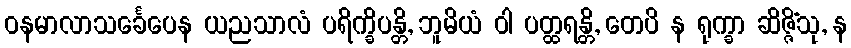
ဝနမာလာသင်္ခေပေန ယညသာလံ ပရိက္ခိပန္တိ, ဘူမိယံ ဝါ ပတ္ထရန္တိ, တေပိ န ရုက္ခာ ဆိဇ္ဇိံသု, န